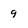
Character: 9